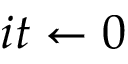
i t \leftarrow 0